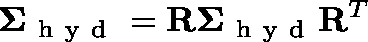
\mathbf { \Sigma } _ { \mathrm { ~ h ~ y ~ d ~ } } = \mathbf { R } \mathbf { \Sigma } _ { \mathrm { ~ h ~ y ~ d ~ } } \mathbf { R } ^ { T }